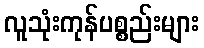
လူသုံးကုန်ပစ္စည်းများ